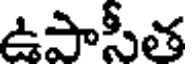
ఉపాసీత